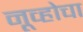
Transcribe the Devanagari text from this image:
नूव्होचा